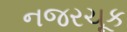
નજરચૂક